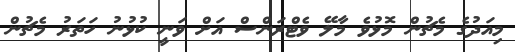
މިއަދުގެ މެޗުން މޮޅުވެ މާލޭ ވެޓްރަންސް އަށް ވަނީ ކުޅުނު ހަތަރު މެޗުން